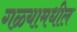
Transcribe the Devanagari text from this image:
गळ्यामधील